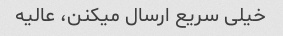
خیلی سریع ارسال میکنن، عالیه